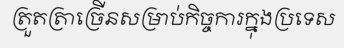
ត្រួតត្រាច្រើនសម្រាប់កិច្ចការក្នុងប្រទេស